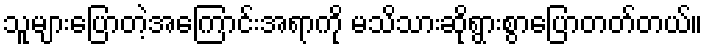
သူများပြောတဲ့အကြောင်းအရာကို မသိသားဆိုရွားစွာပြောတတ်တယ်။